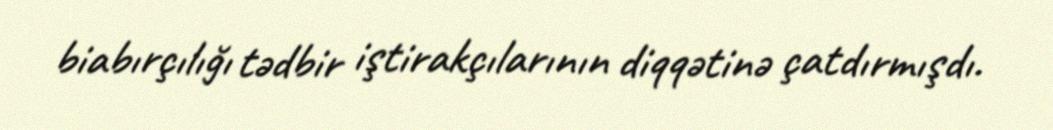
biabırçılığı tədbir iştirakçılarının diqqətinə çatdırmışdı.